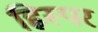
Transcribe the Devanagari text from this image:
ह्विस्पर